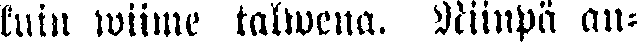
kuin wiime talwena. Niinpä an-